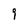
Character: g